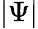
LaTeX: \left|\Psi\right|